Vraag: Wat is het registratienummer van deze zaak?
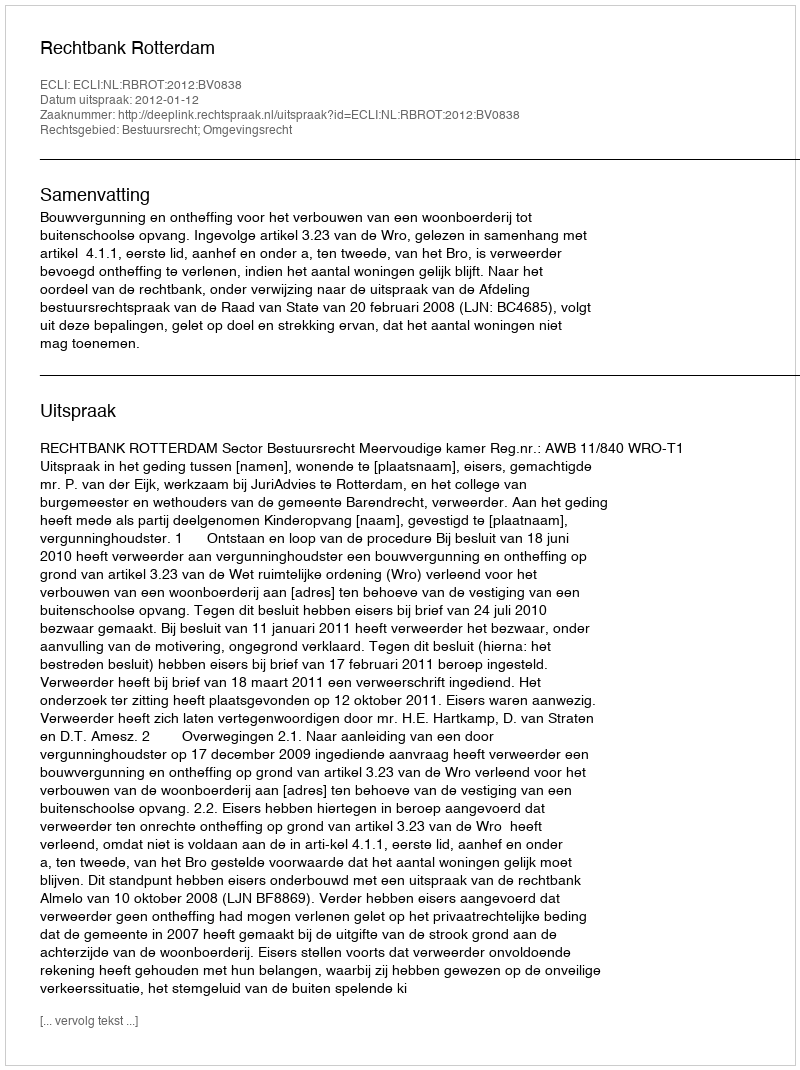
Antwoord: http://deeplink.rechtspraak.nl/uitspraak?id=ECLI:NL:RBROT:2012:BV0838